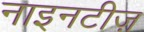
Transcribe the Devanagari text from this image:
नाइनटीज़